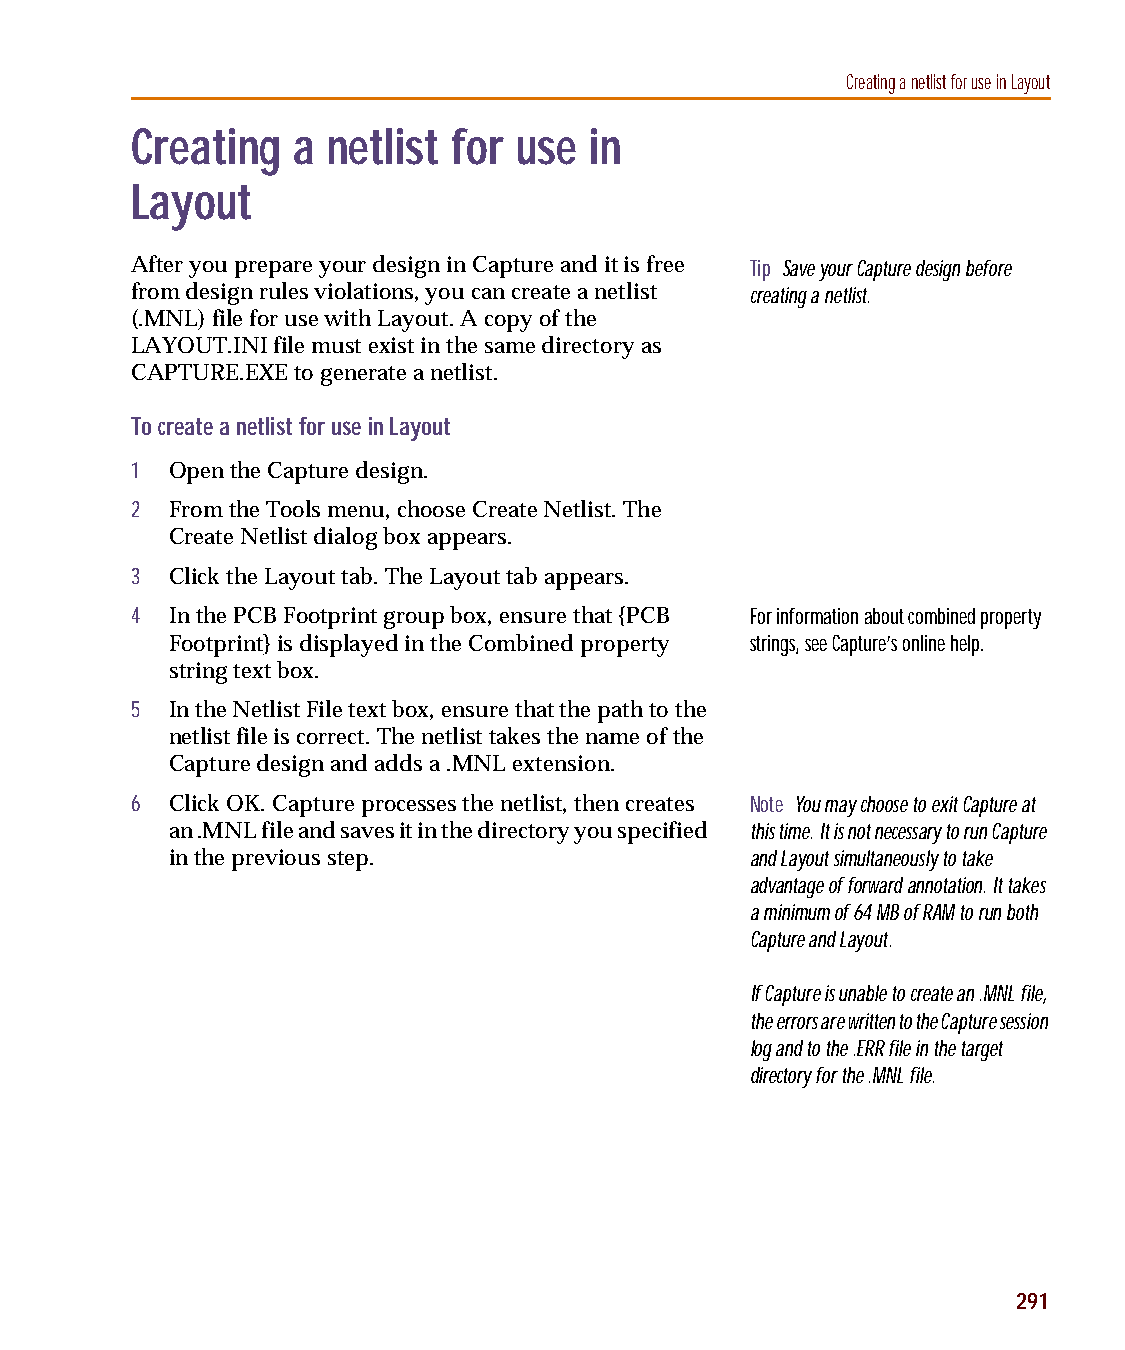
capug.book Page 291 Thursday, November 12, 1998 3:38 PM
 Creating a netlist for use in Layout
 Creating  a  netlist for use  in
 Layout
 After you prepare your design in Capture and it is free Tip Save your Capture design before
 from design rules violations, you can create a netlist creating a netlist.
 (.MNL) file for use with Layout. A copy of the
 LAYOUT.INI file must exist in the same directory as
 CAPTURE.EXE to generate a netlist.
 To create a netlist for use in Layout
 1 Open the Capture design.
 2 From the Tools menu, choose Create Netlist. The
 Create Netlist dialog box appears.
 3 Click the Layout tab. The Layout tab appears.
 4 In the PCB Footprint group box, ensure that {PCB For information about combined property
 Footprint} is displayed in the Combined property strings, see Capture’s online help.
 string text box.
 5 In the Netlist File text box, ensure that the path to the
 netlist file is correct. The netlist takes the name of the
 Capture design and adds a .MNL extension.
 6 Click OK. Capture processes the netlist, then creates Note You may choose to exit Capture at
 an .MNL file and saves it in the directory you specified this time. It is not necessary to run Capture
 in the previous step.                  and Layout simultaneously to take
 advantage of forward annotation. It takes
 a minimum of 64 MB of RAM to run both
 Capture and Layout.
 If Capture is unable to create an .MNL file,
 the errors are written to the Capture session
 log and to the .ERR file in the target
 directory for the .MNL file.
 291